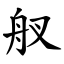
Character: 䑡